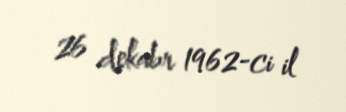
26 dekabr 1962-ci il